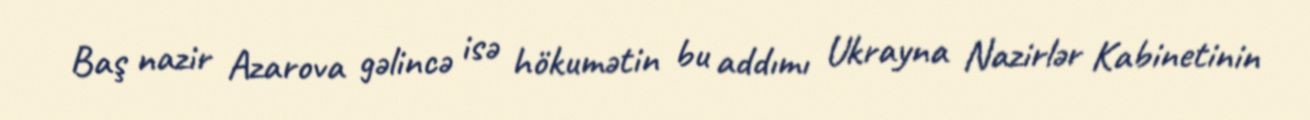
Baş nazir Azarova gəlincə isə hökumətin bu addımı Ukrayna Nazirlər Kabinetinin